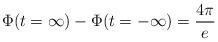
LaTeX: \begin{align*}\Phi(t=\infty)-\Phi(t=-\infty)=\frac {4\pi}{e}\end{align*}